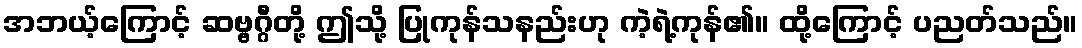
အဘယ့်ကြောင့် ဆဗ္ဗဂ္ဂီတို့ ဤသို့ ပြုကုန်သနည်းဟု ကဲ့ရဲ့ကုန်၏။ ထို့ကြောင့် ပညတ်သည်။